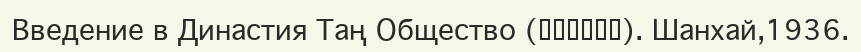
Введение в Династия Таң Общество (唐代社會概略). Шанхай,1936.